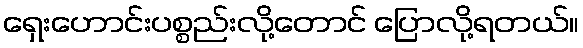
ရှေးဟောင်းပစ္စည်းလို့တောင် ပြောလို့ရတယ်။